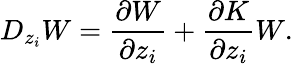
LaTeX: D_{z_{i}}W=\frac{\partial W}{\partial z_{i}}+\frac{\partial K}{\partial z_{i}}W.